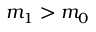
m _ { 1 } > m _ { 0 }